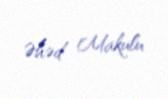
Əhəd Makulu